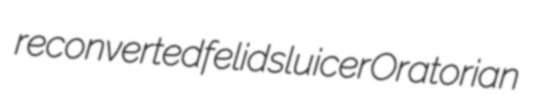
reconverted felid sluicer Oratorian